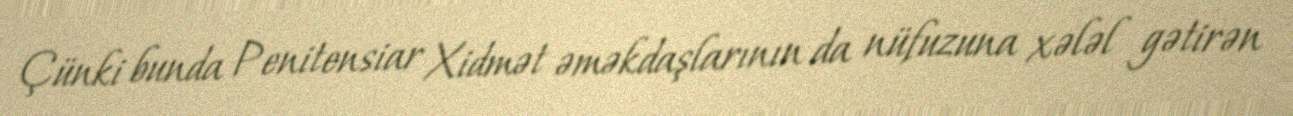
Çünki bunda Penitensiar Xidmət əməkdaşlarının da nüfuzuna xələl gətirən